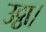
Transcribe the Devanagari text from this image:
उट्ठा।